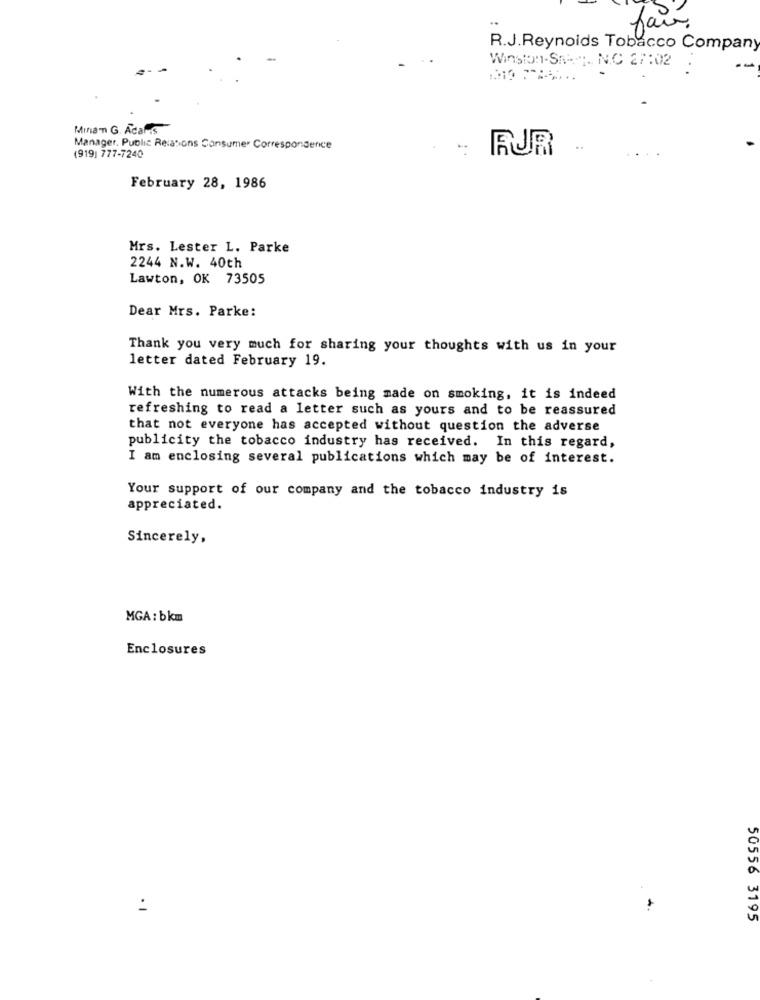
fair.
R.J.Reynolds Tobacco Company
Winston-St. NC 27:02
Mina'n G. Acaris
Manager. Public Relations Consumer Correspondence
FUR
(919) 777-7240
February 28, 1986
Mrs. Lester L. Parke
2244 N.W. 40th
Lawton, OK 73505
Dear Mrs. Parke:
Thank you very much for sharing your thoughts with us in your
letter dated February 19.
With the numerous attacks being made on smoking, it is indeed
refreshing to read a letter such as yours and to be reassured
that not everyone has accepted without question the adverse
publicity the tobacco industry has received. In this regard,
I am enclosing several publications which may be of interest.
Your support of our company and the tobacco industry is
appreciated.
Sincerely,
MGA: bkm
Enclosures
:
50556 3195